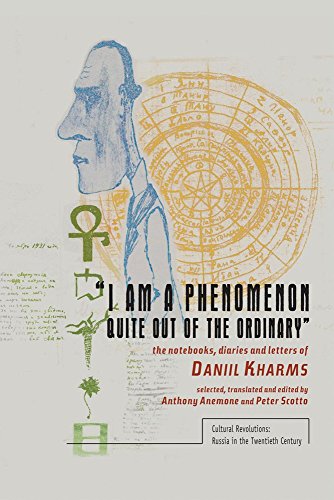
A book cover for "I am a Phenomenon Quite Out of the Ordinary": The Notebooks, Diaries and Letters of Daniil Kharms (Cultural Revolutions: Russia in the Twentieth Century); Daniil Kharms; Literature & Fiction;